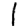
Digit: 1